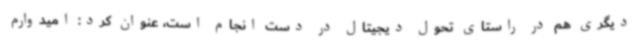
دیگری هم در راستای تحول دیجیتال در دست انجام است، عنوان کرد: امیدوارم